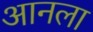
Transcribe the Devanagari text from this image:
आनला